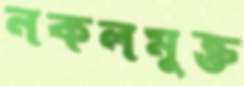
নকলমুক্ত